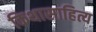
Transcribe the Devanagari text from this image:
किथासाहित्य